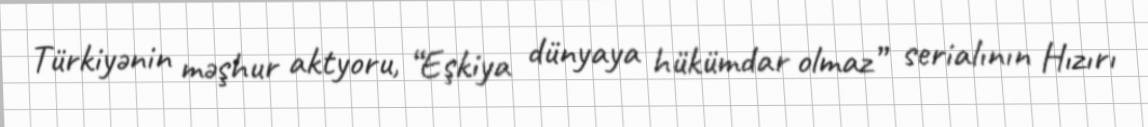
Türkiyənin məşhur aktyoru, “Eşkiya dünyaya hükümdar olmaz” serialının Hızırı